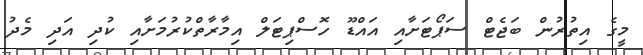
މީގެ އިތުރުން ބަޖެޓް ސަޕޯޓަށާއި އައްޑޫ ހޮސްޕިޓަލް އިމާރާތްކުރުމަށާއި ކުދި އަދި މެދު